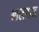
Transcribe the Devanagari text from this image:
आलबान